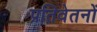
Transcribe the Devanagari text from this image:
प्रतिवेतनों